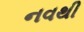
નવથી